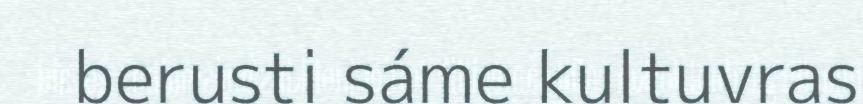
berusti sáme kultuvras